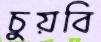
চুয়বি